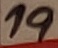
Text: 19